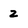
Character: 2